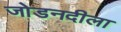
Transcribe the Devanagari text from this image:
जोडनदीला